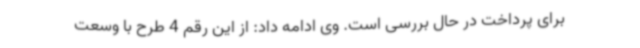
برای پرداخت در حال بررسی است. وی ادامه داد: از این رقم 4 طرح با وسعت